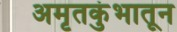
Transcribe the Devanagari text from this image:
अमृतकुंभातून